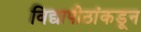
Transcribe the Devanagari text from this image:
विद्यापीठांकडून